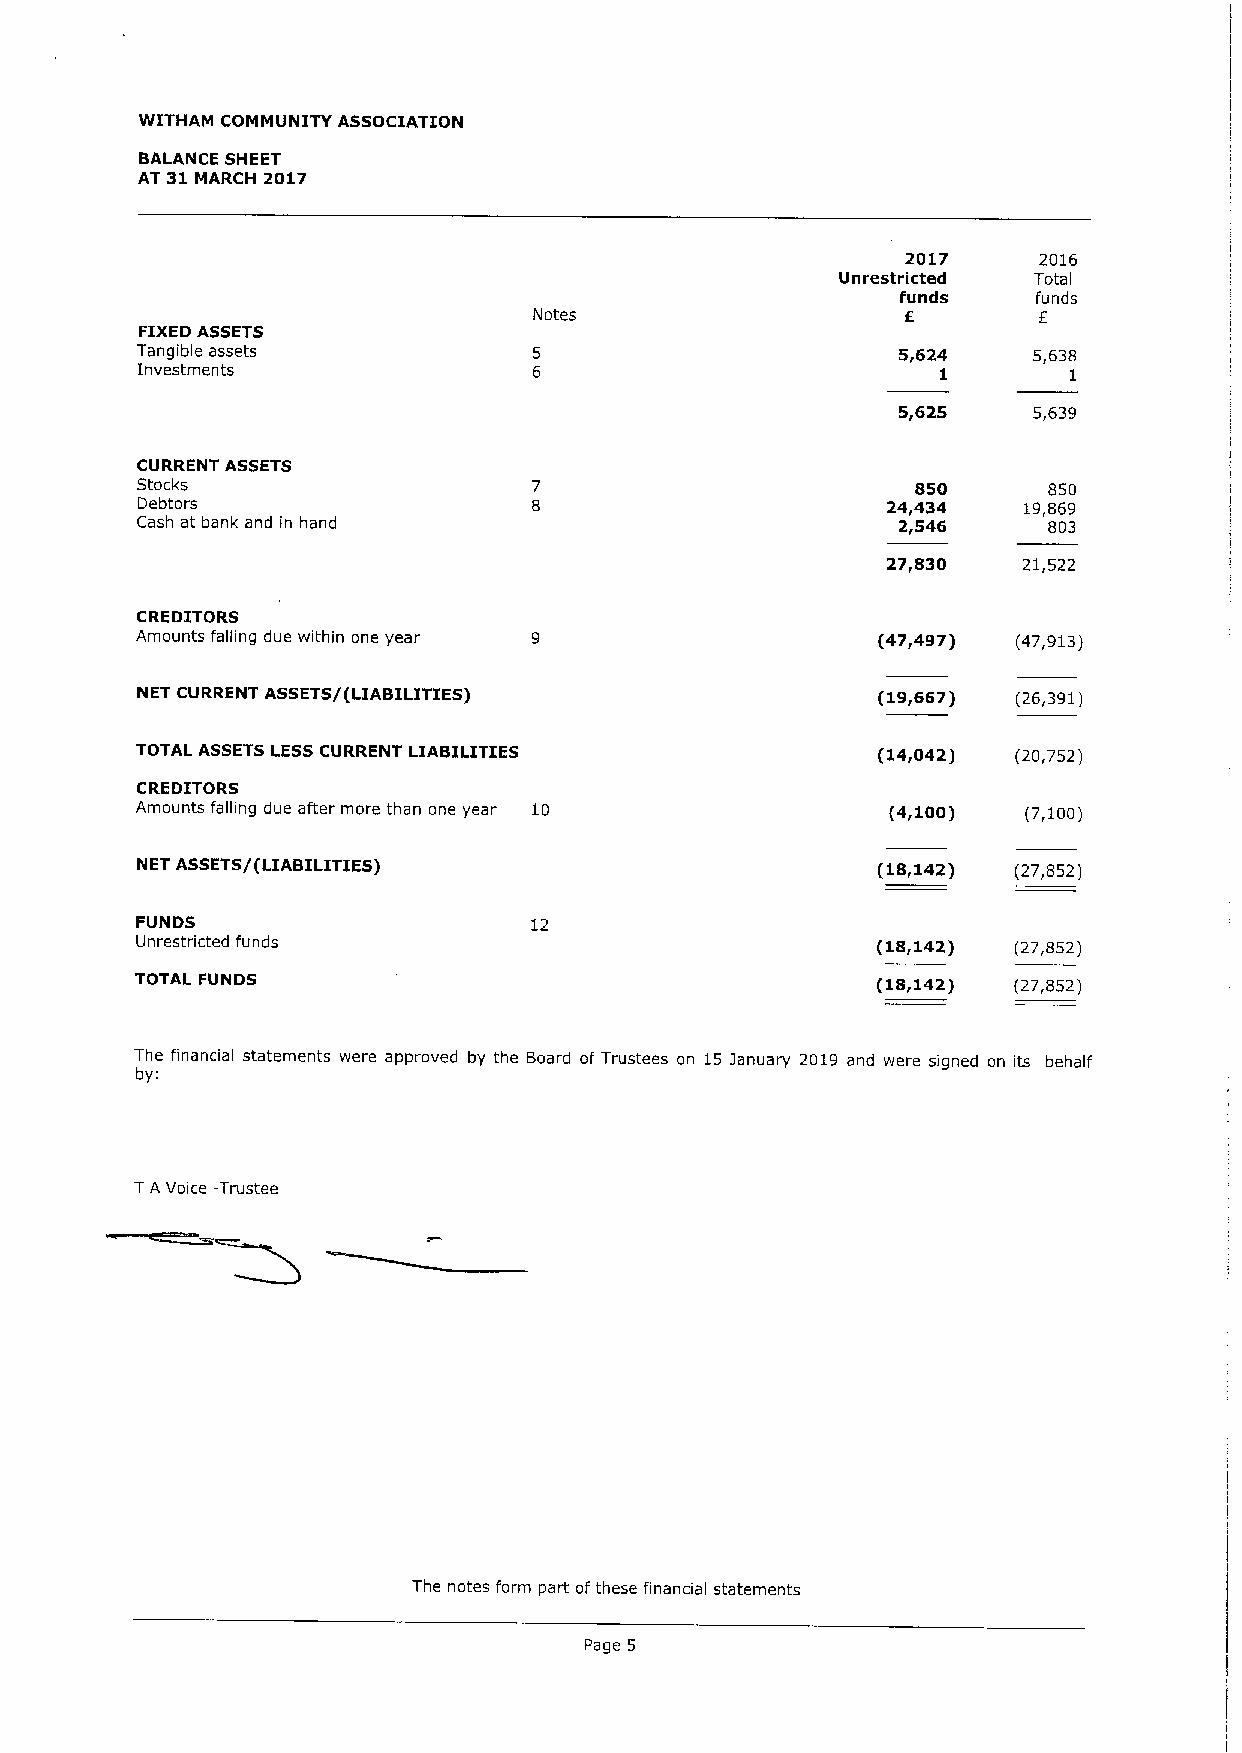
WITHAM COMMUNITY ASSOCIATION
 BALANCE SHEET
 AT 31MARCH 2017
 2017     2016
 Unrestricted Tota
 I
 funds    funds
 f
 Notes
 FIXEDASSETS
 Tangible assets                                   5,624    5,638
 Investments                                          1        1
 5,625    5,639
 CURRENT ASSETS
 Stocks                                              850     850
 Debtors                                           24,434   19,869
 Cash at bank and in hand                          2,546     803
 27,830   21,522
 CREDITORS
 Amounts falling due within one year              (47,497) (47,913)
 NET CURRENT ASSETS/(LIABILITIES)                 (19,667) (26,391)
 TOTAL ASSETS LESSCURRENT LIABILITIES             (14,042) (20,752)
 CREDITORS
 Amounts falling due after more than one year 10   (4,100)  (7,100)
 NET ASSETS/(LIABILITIES)                         (18,142) (27,852)
 FUNDS                     12
 Unrestricted funds                               (18,142) (27,852)
 TOTAL FUNDS                                      (18,142) (27,852)
 The financial statements were approved by the Board of Trustees on 15 january 2019 and were signed on its behalf
 by:
 TA Voice -Trustee
 The notes form part ofthese financial statements
 Page 5